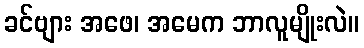
ခင်ဗျား အဖေ၊ အမေက ဘာလူမျိုးလဲ။